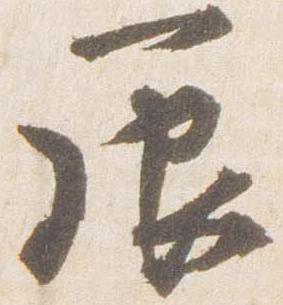
辰